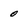
Character: 0